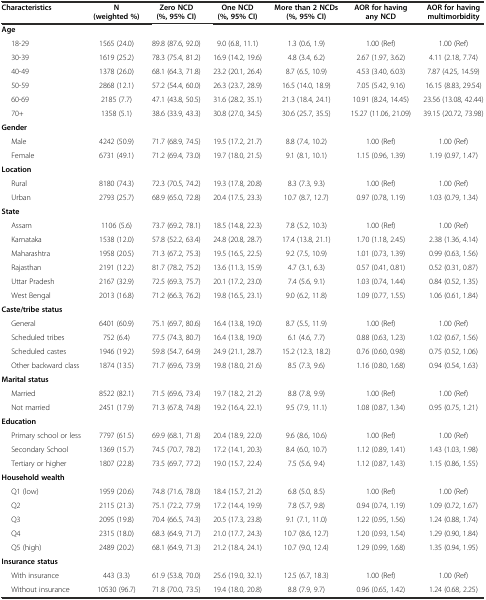
<table><thead><tr><td><b>Characteristics</b></td><td><b>N (weighted %)</b></td><td><b>Zero NCD (%, 95% CI)</b></td><td><b>One NCD (%, 95% CI)</b></td><td><b>More than 2 NCDs (%, 95% CI)</b></td><td><b>AOR for having any NCD</b></td><td><b>AOR for having multimorbidity</b></td></tr></thead><tbody><tr><td><b>Age</b></td><td></td><td></td><td></td><td></td><td></td><td></td></tr><tr><td>18-29</td><td>1565 (24.0)</td><td>89.8 (87.6, 92.0)</td><td>9.0 (6.8, 11.1)</td><td>1.3 (0.6, 1.9)</td><td>1.00 (Ref)</td><td>1.00 (Ref)</td></tr><tr><td>30-39</td><td>1619 (25.2)</td><td>78.3 (75.4, 81.2)</td><td>16.9 (14.2, 19.6)</td><td>4.8 (3.4, 6.2)</td><td>2.67 (1.97, 3.62)</td><td>4.11 (2.18, 7.74)</td></tr><tr><td>40-49</td><td>1378 (26.0)</td><td>68.1 (64.3, 71.8)</td><td>23.2 (20.1, 26.4)</td><td>8.7 (6.5, 10.9)</td><td>4.53 (3.40, 6.03)</td><td>7.87 (4.25, 14.59)</td></tr><tr><td>50-59</td><td>2868 (12.1)</td><td>57.2 (54.4, 60.0)</td><td>26.3 (23.7, 28.9)</td><td>16.5 (14.0, 18.9)</td><td>7.05 (5.42, 9.16)</td><td>16.15 (8.83, 29.54)</td></tr><tr><td>60-69</td><td>2185 (7.7)</td><td>47.1 (43.8, 50.5)</td><td>31.6 (28.2, 35.1)</td><td>21.3 (18.4, 24.1)</td><td>10.91 (8.24, 14.45)</td><td>23.56 (13.08, 42.44)</td></tr><tr><td>70+</td><td>1358 (5.1)</td><td>38.6 (33.9, 43.3)</td><td>30.8 (27.0, 34.5)</td><td>30.6 (25.7, 35.5)</td><td>15.27 (11.06, 21.09)</td><td>39.15 (20.72, 73.98)</td></tr><tr><td><b>Gender</b></td><td></td><td></td><td></td><td></td><td></td><td></td></tr><tr><td>Male</td><td>4242 (50.9)</td><td>71.7 (68.9, 74.5)</td><td>19.5 (17.2, 21.7)</td><td>8.8 (7.4, 10.2)</td><td>1.00 (Ref)</td><td>1.00 (Ref)</td></tr><tr><td>Female</td><td>6731 (49.1)</td><td>71.2 (69.4, 73.0)</td><td>19.7 (18.0, 21.5)</td><td>9.1 (8.1, 10.1)</td><td>1.15 (0.96, 1.39)</td><td>1.19 (0.97, 1.47)</td></tr><tr><td><b>Location</b></td><td></td><td></td><td></td><td></td><td></td><td></td></tr><tr><td>Rural</td><td>8180 (74.3)</td><td>72.3 (70.5, 74.2)</td><td>19.3 (17.8, 20.8)</td><td>8.3 (7.3, 9.3)</td><td>1.00 (Ref)</td><td>1.00 (Ref)</td></tr><tr><td>Urban</td><td>2793 (25.7)</td><td>68.9 (65.0, 72.8)</td><td>20.4 (17.5, 23.3)</td><td>10.7 (8.7, 12.7)</td><td>0.97 (0.78, 1.19)</td><td>1.03 (0.79, 1.34)</td></tr><tr><td><b>State</b></td><td></td><td></td><td></td><td></td><td></td><td></td></tr><tr><td>Assam</td><td>1106 (5.6)</td><td>73.7 (69.2, 78.1)</td><td>18.5 (14.8, 22.3)</td><td>7.8 (5.2, 10.3)</td><td>1.00 (Ref)</td><td>1.00 (Ref)</td></tr><tr><td>Karnataka</td><td>1538 (12.0)</td><td>57.8 (52.2, 63.4)</td><td>24.8 (20.8, 28.7)</td><td>17.4 (13.8, 21.1)</td><td>1.70 (1.18, 2.45)</td><td>2.38 (1.36, 4.14)</td></tr><tr><td>Maharashtra</td><td>1958 (20.5)</td><td>71.3 (67.2, 75.3)</td><td>19.5 (16.5, 22.5)</td><td>9.2 (7.5, 10.9)</td><td>1.01 (0.73, 1.39)</td><td>0.99 (0.63, 1.56)</td></tr><tr><td>Rajasthan</td><td>2191 (12.2)</td><td>81.7 (78.2, 75.2)</td><td>13.6 (11.3, 15.9)</td><td>4.7 (3.1, 6.3)</td><td>0.57 (0.41, 0.81)</td><td>0.52 (0.31, 0.87)</td></tr><tr><td>Uttar Pradesh</td><td>2167 (32.9)</td><td>72.5 (69.3, 75.7)</td><td>20.1 (17.2, 23.0)</td><td>7.4 (5.6, 9.1)</td><td>1.03 (0.74, 1.44)</td><td>0.84 (0.52, 1.35)</td></tr><tr><td>West Bengal</td><td>2013 (16.8)</td><td>71.2 (66.3, 76.2)</td><td>19.8 (16.5, 23.1)</td><td>9.0 (6.2, 11.8)</td><td>1.09 (0.77, 1.55)</td><td>1.06 (0.61, 1.84)</td></tr><tr><td><b>Caste/tribe status</b></td><td></td><td></td><td></td><td></td><td></td><td></td></tr><tr><td>General</td><td>6401 (60.9)</td><td>75.1 (69.7, 80.6)</td><td>16.4 (13.8, 19.0)</td><td>8.7 (5.5, 11.9)</td><td>1.00 (Ref)</td><td>1.00 (Ref)</td></tr><tr><td>Scheduled tribes</td><td>752 (6.4)</td><td>77.5 (74.3, 80.7)</td><td>16.4 (13.8, 19.0)</td><td>6.1 (4.6, 7.7)</td><td>0.88 (0.63, 1.23)</td><td>1.02 (0.67, 1.56)</td></tr><tr><td>Scheduled castes</td><td>1946 (19.2)</td><td>59.8 (54.7, 64.9)</td><td>24.9 (21.1, 28.7)</td><td>15.2 (12.3, 18.2)</td><td>0.76 (0.60, 0.98)</td><td>0.75 (0.52, 1.06)</td></tr><tr><td>Other backward class</td><td>1874 (13.5)</td><td>71.7 (69.6, 73.9)</td><td>19.8 (18.0, 21.6)</td><td>8.5 (7.3, 9.6)</td><td>1.16 (0.80, 1.68)</td><td>0.94 (0.54, 1.63)</td></tr><tr><td><b>Marital status</b></td><td></td><td></td><td></td><td></td><td></td><td></td></tr><tr><td>Married</td><td>8522 (82.1)</td><td>71.5 (69.6, 73.4)</td><td>19.7 (18.2, 21.2)</td><td>8.8 (7.8, 9.9)</td><td>1.00 (Ref)</td><td>1.00 (Ref)</td></tr><tr><td>Not married</td><td>2451 (17.9)</td><td>71.3 (67.8, 74.8)</td><td>19.2 (16.4, 22.1)</td><td>9.5 (7.9, 11.1)</td><td>1.08 (0.87, 1.34)</td><td>0.95 (0.75, 1.21)</td></tr><tr><td><b>Education</b></td><td></td><td></td><td></td><td></td><td></td><td></td></tr><tr><td>Primary school or less</td><td>7797 (61.5)</td><td>69.9 (68.1, 71.8)</td><td>20.4 (18.9, 22.0)</td><td>9.6 (8.6, 10.6)</td><td>1.00 (Ref)</td><td>1.00 (Ref)</td></tr><tr><td>Secondary School</td><td>1369 (15.7)</td><td>74.5 (70.7, 78.2)</td><td>17.2 (14.1, 20.3)</td><td>8.4 (6.0, 10.7)</td><td>1.12 (0.89, 1.41)</td><td>1.43 (1.03, 1.98)</td></tr><tr><td>Tertiary or higher</td><td>1807 (22.8)</td><td>73.5 (69.7, 77.2)</td><td>19.0 (15.7, 22.4)</td><td>7.5 (5.6, 9.4)</td><td>1.12 (0.87, 1.43)</td><td>1.15 (0.86, 1.55)</td></tr><tr><td><b>Household wealth</b></td><td></td><td></td><td></td><td></td><td></td><td></td></tr><tr><td>Q1 (low)</td><td>1959 (20.6)</td><td>74.8 (71.6, 78.0)</td><td>18.4 (15.7, 21.2)</td><td>6.8 (5.0, 8.5)</td><td>1.00 (Ref)</td><td>1.00 (Ref)</td></tr><tr><td>Q2</td><td>2115 (21.3)</td><td>75.1 (72.2, 77.9)</td><td>17.2 (14.4, 19.9)</td><td>7.8 (5.7, 9.8)</td><td>0.94 (0.74, 1.19)</td><td>1.09 (0.72, 1.67)</td></tr><tr><td>Q3</td><td>2095 (19.8)</td><td>70.4 (66.5, 74.3)</td><td>20.5 (17.3, 23.8)</td><td>9.1 (7.1, 11.0)</td><td>1.22 (0.95, 1.56)</td><td>1.24 (0.88, 1.74)</td></tr><tr><td>Q4</td><td>2315 (18.0)</td><td>68.3 (64.9, 71.7)</td><td>21.0 (17.7, 24.3)</td><td>10.7 (8.6, 12.7)</td><td>1.20 (0.93, 1.54)</td><td>1.29 (0.90, 1.84)</td></tr><tr><td>Q5 (high)</td><td>2489 (20.2)</td><td>68.1 (64.9, 71.3)</td><td>21.2 (18.4, 24.1)</td><td>10.7 (9.0, 12.4)</td><td>1.29 (0.99, 1.68)</td><td>1.35 (0.94, 1.95)</td></tr><tr><td><b>Insurance status</b></td><td></td><td></td><td></td><td></td><td></td><td></td></tr><tr><td>With insurance</td><td>443 (3.3)</td><td>61.9 (53.8, 70.0)</td><td>25.6 (19.0, 32.1)</td><td>12.5 (6.7, 18.3)</td><td>1.00 (Ref)</td><td>1.00 (Ref)</td></tr><tr><td>Without insurance</td><td>10530 (96.7)</td><td>71.8 (70.0, 73.5)</td><td>19.4 (18.0, 20.8)</td><td>8.8 (7.9, 9.7)</td><td>0.96 (0.65, 1.42)</td><td>1.24 (0.68, 2.25)</td></tr></tbody></table>